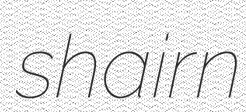
shairn